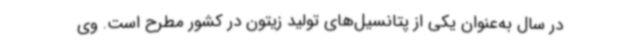
در سال به‌عنوان یکی از پتانسیل‌های تولید زیتون در کشور مطرح است. وی